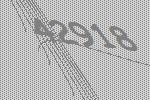
42918